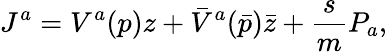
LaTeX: J^{a}=V^{a}(p)z+{\bar{V}}^{a}({\bar{p}}){\bar{z}}+\frac{s}{m}P_{a},